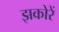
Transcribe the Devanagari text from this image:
झकोरें